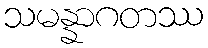
သမန္နာဂတဿ